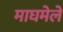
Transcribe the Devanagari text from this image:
माघमेले